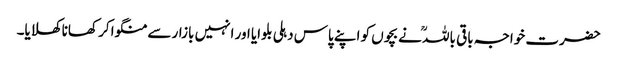
حضرت خواجہ باقی باللہؒ نے بچوں کو اپنے پاس دہلی بلوایا اور انہیں بازار سے منگوا کر کھانا کھلایا۔